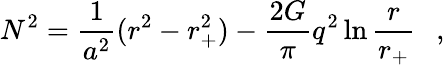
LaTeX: N^{2}={\frac{1}{a^{2}}}(r^{2}-r_{+}^{2})-{\frac{2G}{\pi}}q^{2}\ln{\frac{r}{r_{+}}}~~~,